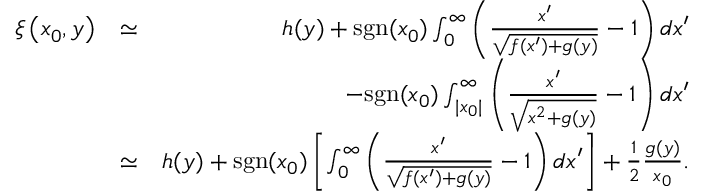
\begin{array} { r l r } { \xi \left( x _ { 0 } , y \right) } & { \simeq } & { h ( y ) + \mathrm { s g n } ( x _ { 0 } ) \int _ { 0 } ^ { \infty } \left( \frac { x ^ { \prime } } { \sqrt { f ( x ^ { \prime } ) + g ( y ) } } - 1 \right) d x ^ { \prime } } \\ & { } & { - \mathrm { s g n } ( x _ { 0 } ) \int _ { | x _ { 0 } | } ^ { \infty } \left( \frac { x ^ { \prime } } { \sqrt { x ^ { 2 } + g ( y ) } } - 1 \right) d x ^ { \prime } } \\ & { \simeq } & { h ( y ) + \mathrm { s g n } ( x _ { 0 } ) \left[ \int _ { 0 } ^ { \infty } \left( \frac { x ^ { \prime } } { \sqrt { f ( x ^ { \prime } ) + g ( y ) } } - 1 \right) d x ^ { \prime } \right] + \frac { 1 } { 2 } \frac { g ( y ) } { x _ { 0 } } . } \end{array}